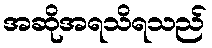
အဆိုအရသိရသည်